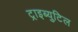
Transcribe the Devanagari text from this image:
ट्राइब्युटिल